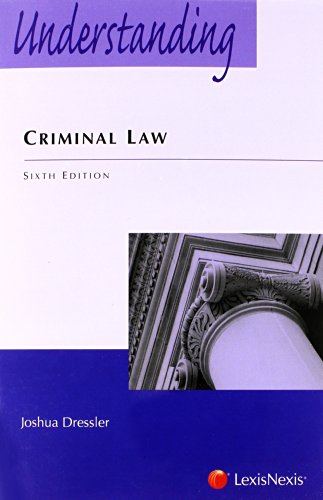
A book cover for Understanding Criminal Law, 6th Edition; Joshua Dressler; Law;